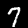
Label: 7